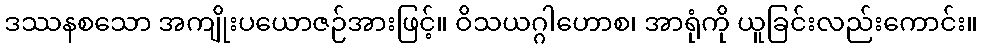
ဒဿနစသော အကျိုးပယောဇဉ်အားဖြင့်။ ဝိသယဂ္ဂါဟောစ၊ အာရုံကို ယူခြင်းလည်းကောင်း။